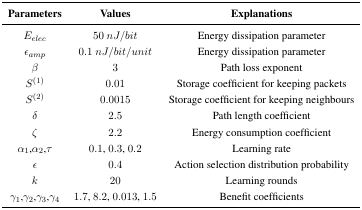
| Parameters | Values | Explanations |
 | --- | --- | --- |
 | Eelec | 50 nJ/bit | Energy dissipation parameter |
 | εamp | 0.1 nJ /bit/unit | Energy dissipation parameter |
 | β | 3 | Path loss exponent |
 | S(1) | 0.01 | Storage coefficient for keeping packets |
 | S(2) | 0.0015 | Storage coefficient for keeping neighbours |
 | δ | 2.5 | Path length coefficient |
 | ζ | 2.2 | Energy consumption coefficient |
 | α1,α2,τ | 0.1, 0.3, 0.2 | Learning rate |
 | ε | 0.4 | Action selection distribution probability |
 | k | 20 | Learning rounds |
 | γ1,γ2,γ3,γ4 | 1.7, 8.2, 0.013, 1.5 | Benefit coefficients |